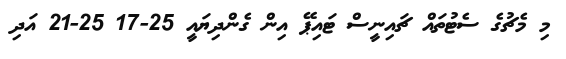
މި މެޗުގެ ސެޓުތައް ޗައިނީސް ޓައިޕޭ އިން ގެންދިޔައީ 25-17 25-21 އަދި